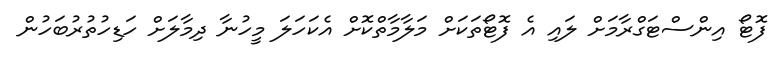
ފޮޓޯ އިންސްޓަގްރާމަށް ލައި އެ ފޮޓޯތަކަށް މަލާމާތްކޮށް އެކަހަަލަ މީހުނާ ދިމާލަށް ހަޑިހުތުރުބަހުން